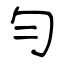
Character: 勻